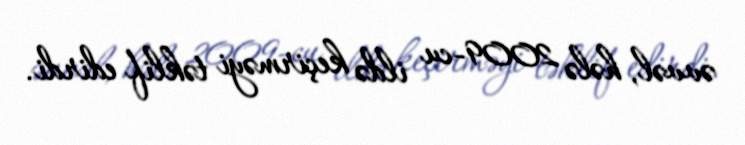
əvvəl, hələ 2009-cu ildə keçirməyi təklif edirdi.